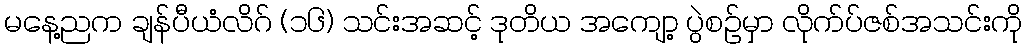
မနေ့ညက ချန်ပီယံလိဂ် (၁၆) သင်းအဆင့် ဒုတိယ အကျော့ ပွဲစဉ်မှာ လိုက်ပ်ဇစ်အသင်းကို